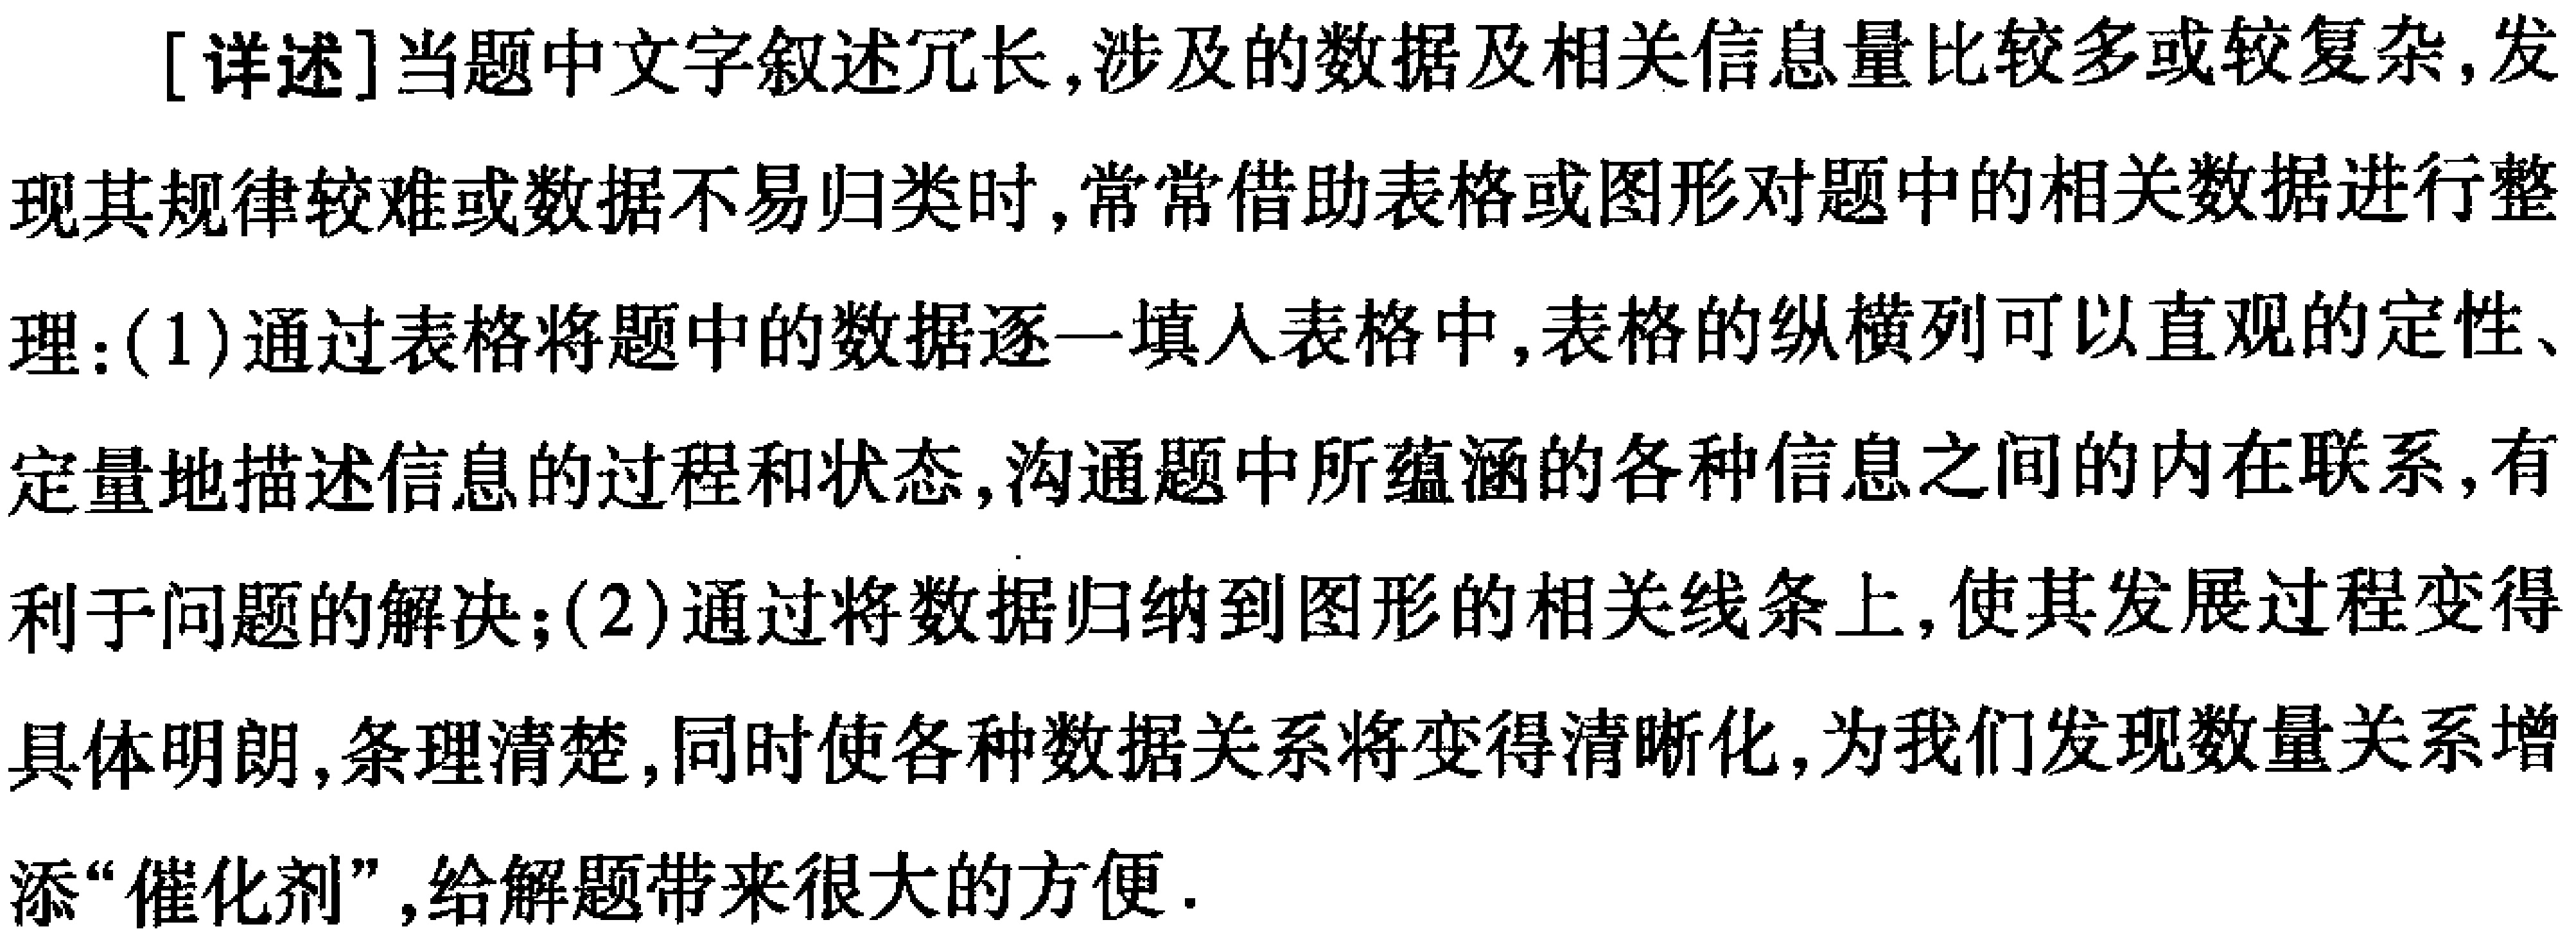
[详述]当题中文字叙述冗长,涉及的数据及相关信息量比较多或较复杂,发现其规律较难或数据不易归类时,常常借助表格或图形对题中的相关数据进行整理:
(1)通过表格将题中的数据逐一填人表格中,表格的纵横列可以直观的定性、定量地描述信息的过程和状态,沟通题中所蕴涵的各种信息之间的内在联系,有利于问题的解决;
(2)通过将数据归纳到图形的相关线条上,使其发展过程变得具体明朗,条理清楚,同时使各种数据关系将变得清晰化,为我们发现数量关系增添“催化剂”,给解题带来很大的方便.